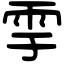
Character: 𩁹